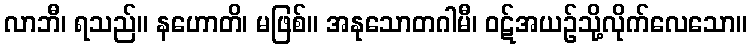
လာဘီ၊ ရသည်။ နဟောတိ၊ မဖြစ်။ အနုသောတဂါမီ၊ ဝဋ်အယဉ်သို့လိုက်လေသော။